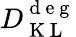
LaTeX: D_{\mathrm{~K~L~}}^{\mathrm{~d~e~g~}}